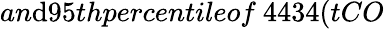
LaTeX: an\mathrm{d}95thpercentileof\ 4434(tCO